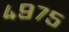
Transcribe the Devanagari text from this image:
४९७५